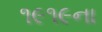
૧૯૧૯ના